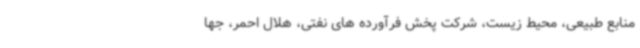
منابع طبیعی، محیط زیست، شرکت پخش فرآورده های نفتی، هلال احمر، جها